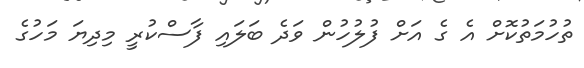
ތުހުމަތުކޮށް އެ ގެ އަށް ފުލުހުން ވަދެ ބަލައި ފާސްކުރީ މިދިޔަ މަހުގެ